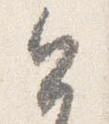
今